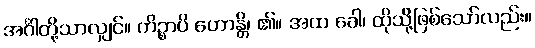
အင်္ဂါတို့သာလျှင်။ ကိဉ္စာပိ ဟောန္တိ၊ ၏။ အထ ခေါ၊ ထိုသို့ဖြစ်သော်လည်း။